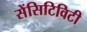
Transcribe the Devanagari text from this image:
सेंसिटिविटी